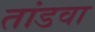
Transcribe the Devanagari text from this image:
तांडवा